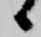
候